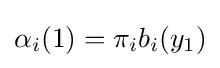
\alpha _{i}(1)=\pi _{i}b_{i}(y_{1})